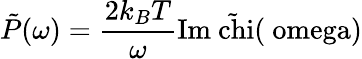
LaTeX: \tilde{P}(\omega)=\frac{2k_{B}T}{\omega}\mathrm{{Im}\tilde{\ chi}(\ omega)}